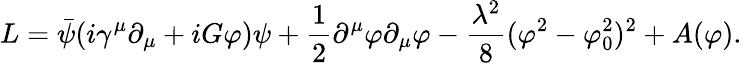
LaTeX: L=\bar{\psi}(i\gamma^{\mu}\partial_{\mu}+iG\varphi)\psi+\frac 12\partial^{\mu}\varphi\partial_{\mu}\varphi-\frac{\lambda^{2}}8(\varphi^{2}-\varphi_{0}^{2})^{2}+A(\varphi).